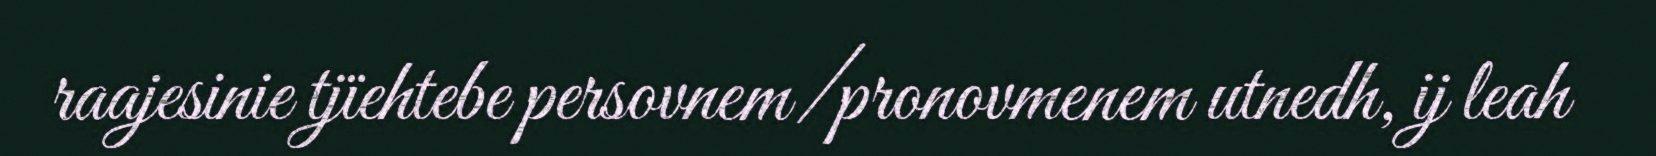
raajesinie tjïehtebe persovnem/pronovmenem utnedh, ij leah